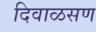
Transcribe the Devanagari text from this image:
दिवाळसण